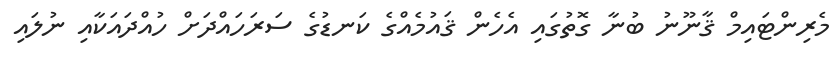
މެރިންޓައިމް ޤާނޫނު ބުނާ ގޮތުގައި އެހެން ޤައުމެއްގެ ކަނޑުގެ ސަރަހައްދަށް ހުއްދައަކާއި ނުލައި